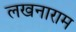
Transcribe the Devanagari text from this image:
लखनाराम